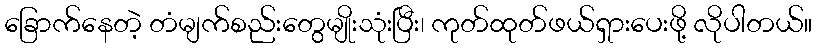
ခြောက်နေတဲ့ တံမျက်စည်းတွေမျိုးသုံးပြီး၊ ကုတ်ထုတ်ဖယ်ရှားပေးဖို့ လိုပါတယ်။